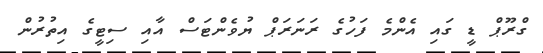
ގްރޫޕް ޑީ ގައި އެންމެ ފަހުގެ ރަނަރަޕް ޔުވެންޓަސް އާއި ސިޓީގެ އިތުރުން